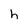
Character: h